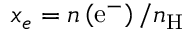
x _ { e } = n \left( \mathrm { e } ^ { - } \right) / n _ { \mathrm { H } }